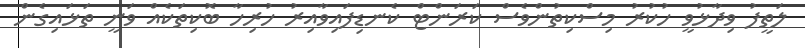
ލަތީފު ވިދާޅުވީ ހުކުރު މިސްކިތުންވެސް ކަރަންޓް ކެނޑިފައިވާއިރު ހުރިހާ ބޮކިތަކެއް ވަނީ ތަޅައިގެން